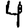
Digit: 4